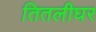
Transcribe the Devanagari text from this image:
तितलीघर